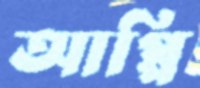
আপ্পি